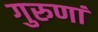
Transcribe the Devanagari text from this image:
गुरुणां